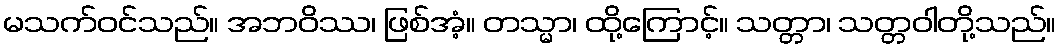
မသက်ဝင်သည်။ အဘဝိဿ၊ ဖြစ်အံ့။ တသ္မာ၊ ထို့ကြောင့်။ သတ္တာ၊ သတ္တဝါတို့သည်။